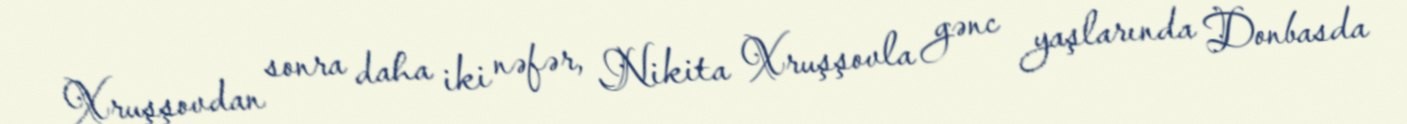
Xruşşovdan sonra daha iki nəfər, Nikita Xruşşovla gənc yaşlarında Donbasda